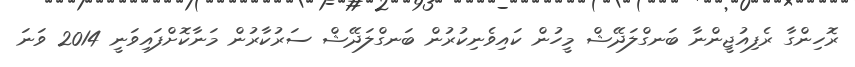
ރޮހިންގާ ރެފިއުޖީންނާ ބަނގްލަދޭޝް މީހުން ކައިވެނިކުރުން ބަނގްލަދޭޝް ސަރުކާރުން މަނާކޮށްފައިވަނީ 2014 ވަނަ